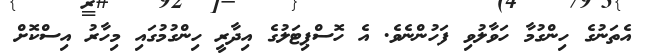
އެތަނުގެ ހިންގުމާ ހަވާލުވި ފަހުންނެވެ. އެ ހޮސްޕިޓަލުގެ އިދާރީ ހިންގުމުގައި މިހާރު އިސްކޮށް